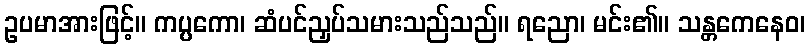
ဥပမာအားဖြင့်။ ကပ္ပကော၊ ဆံပင်ညှပ်သမားသည်သည်။ ရညော၊ မင်း၏။ သန္တကေနေဝ၊